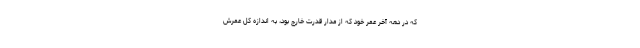
که در دهه آخر عمر خود که از مدار قدرت خارج بود، به اندازه کل عمرش